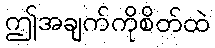
ဤအချက်ကိုစိတ်ထဲ